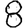
Digit: 8